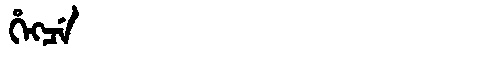
Manchu: ᡥᡝᡴᠴᡝ
Romanization: HEKCE